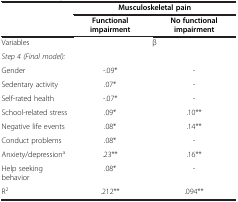
|  | <COLSPAN=2> Musculoskeletal pain |
 |  | Functional impairment | No functional impairment |
 | --- | --- | --- |
 | Variables | <COLSPAN=2> β |
 | Step 4 (Final model): |  |  |
 | Gender | -.09* | - |
 | Sedentary activity | .07* | - |
 | Self-rated health | -.07* | - |
 | School-related stress | .09* | .10** |
 | Negative life events | .08* | .14** |
 | Conduct problems | .08* | - |
 | Anxiety/depressiona | .23** | .16** |
 | Help seeking behavior | .08* | - |
 | R2 | .212** | .094** |